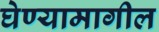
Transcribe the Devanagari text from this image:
घेण्यामागील